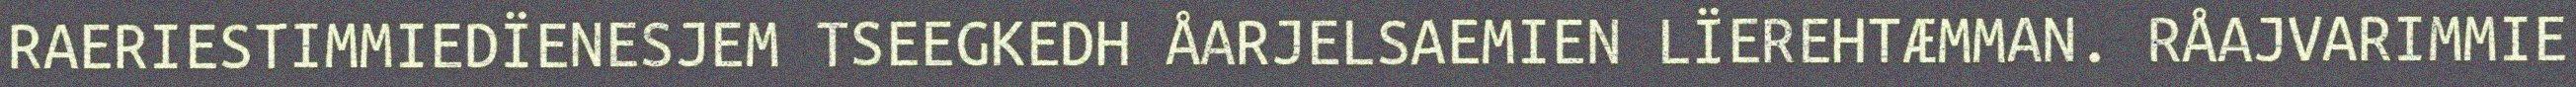
RAERIESTIMMIEDÏENESJEM TSEEGKEDH ÅARJELSAEMIEN LÏEREHTÆMMAN. RÅAJVARIMMIE